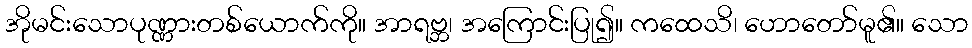
အိုမင်းသောပုဏ္ဏားတစ်ယောက်ကို။ အာရဗ္ဘ၊ အကြောင်းပြု၍။ ကထေသိ၊ ဟောတော်မူ၏။ သော